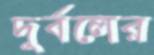
দুর্বলের